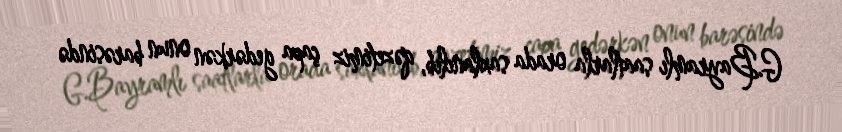
G.Bayramlı saatlarla orada saxlanılıb, qəzetimiz çapa gedərkən onun barəsində